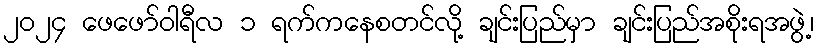
၂၀၂၄ ဖေဖော်ဝါရီလ ၁ ရက်ကနေစတင်လို့ ချင်းပြည်မှာ ချင်းပြည်အစိုးရအဖွဲ့၊